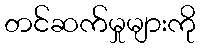
တင်ဆက်မှုများကို